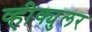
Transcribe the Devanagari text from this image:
व्हीक्युलर